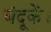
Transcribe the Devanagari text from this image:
बंदूकें।